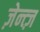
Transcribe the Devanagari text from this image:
ज़ेन्त्ज़